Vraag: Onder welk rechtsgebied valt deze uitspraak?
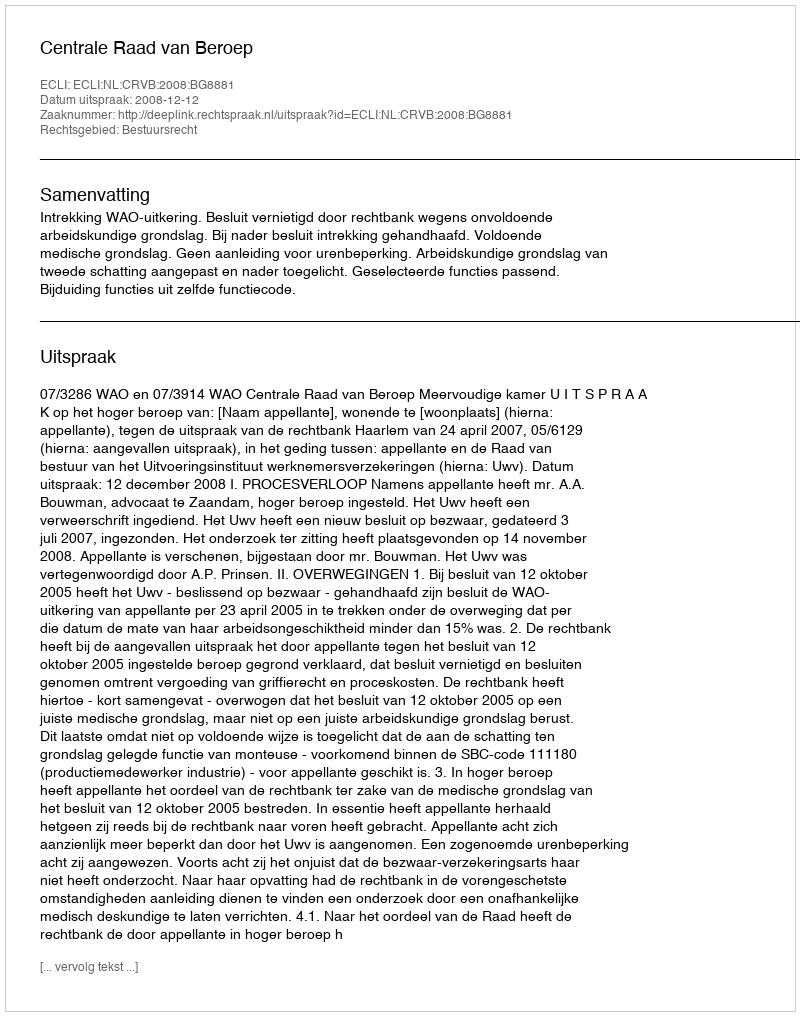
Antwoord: Bestuursrecht